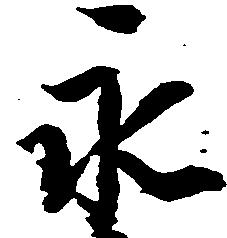
永